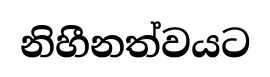
නිහීනත්වයට